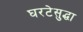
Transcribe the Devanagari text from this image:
घरटेसुद्धा